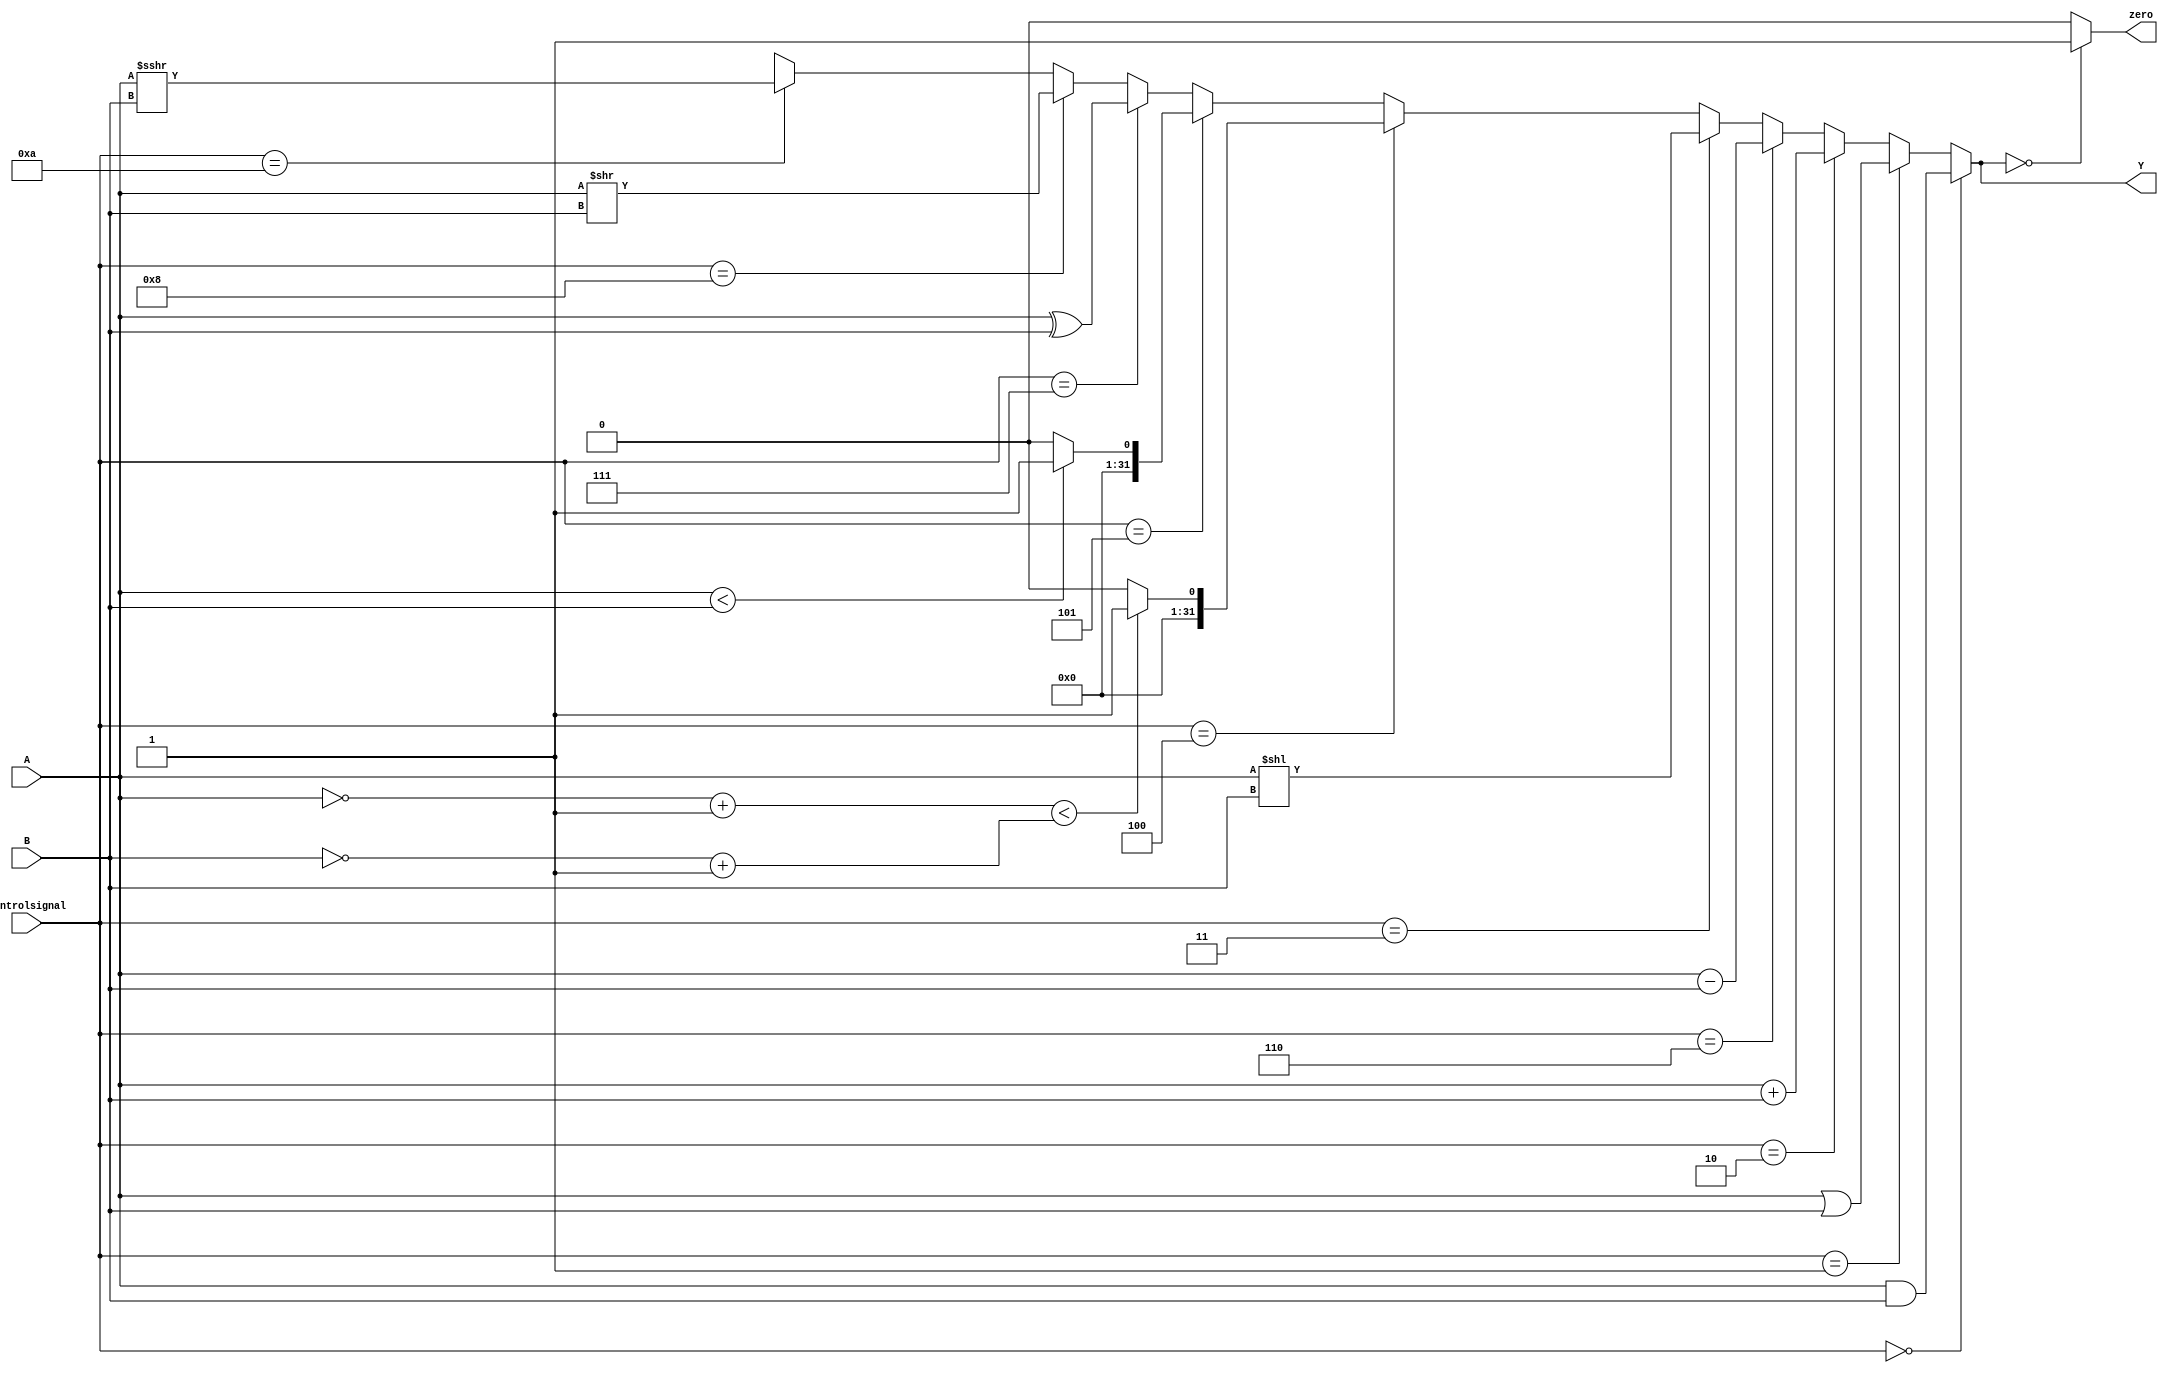
`timescale 1ns / 1ps


module ALU #(parameter width=32)(
input [3:0] controlsignal,
input [width-1:0] A,B,
output reg [width-1:0] Y,
output zero);

always@(*)
begin
if(controlsignal==4'b0000)
Y=A&B;
else if(controlsignal==4'b0001)
Y=A|B;
else if(controlsignal==4'b0010)
Y=A+B;
else if(controlsignal==4'b0110)
Y=A-B;
else if(controlsignal==4'b0011)
Y=A<<B;
else if(controlsignal==4'b0100)
begin
if((~A+1) <(~B+1))
Y=1;
else
Y=0;
end
else if(controlsignal==4'b0101)
begin
if(A <B)
Y=1;
else
Y=0;
end
else if(controlsignal==4'b0111)
Y=A^B;
else if(controlsignal==4'b1000)
Y=A >> B;
else if(controlsignal==4'b1010)
Y=A>>>B;
else
Y={width{1'bx}};
end
assign zero=(Y==0)?1:0;



   
    
    
endmodule